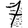
Digit: 7